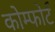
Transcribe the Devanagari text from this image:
कोम्फोर्ट